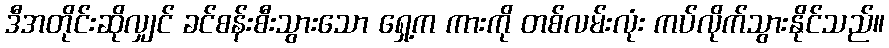
ဒီအတိုင်းဆိုလျှင် ခင်စန်းစီးသွားသော ရှေ့က ကားကို တစ်လမ်းလုံး ကပ်လိုက်သွားနိုင်သည်။